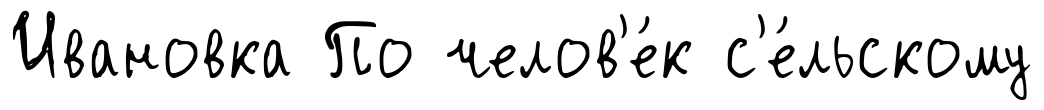
Ивановка По челов'е́к с'е́льскому